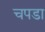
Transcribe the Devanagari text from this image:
चपडा